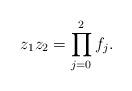
LaTeX: \begin{align*} z_1 z_2 = \prod_{j = 0}^2 f_j.\end{align*}